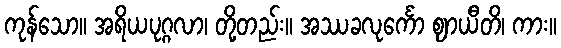
ကုန်သော။ အရိယပုဂ္ဂလာ၊ တို့တည်း။ အဿခလုင်္ကော ဈာယီတိ၊ ကား။